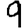
Digit: 9